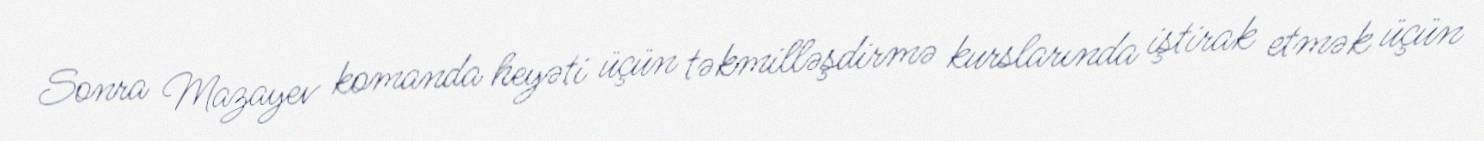
Sonra Mazayev komanda heyəti üçün təkmilləşdirmə kurslarında iştirak etmək üçün